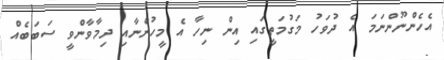
އެހެންނޫންނަމަ އެ ދުވަހު މަގުމަތީގައި އިން ނިހާ އެ މީހުންނާއި ދިމާވާންވީ ސަބަބެއް